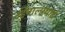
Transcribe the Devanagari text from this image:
हिमालायाई